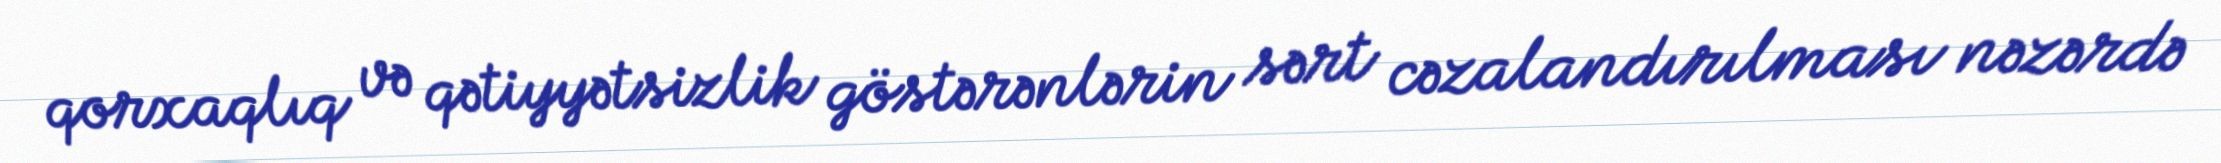
qorxaqlıq və qətiyyətsizlik göstərənlərin sərt cəzalandırılması nəzərdə